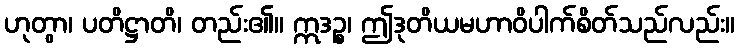
ဟုတွာ၊ ပတိဋ္ဌာတိ၊ တည်း၏။ ဣဒဉ္စ၊ ဤဒုတိယမဟာဝိပါက်စိတ်သည်လည်း။